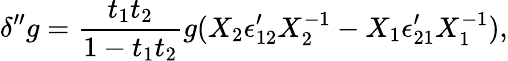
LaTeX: \delta^{\prime\prime}g={\frac{t_{1}t_{2}}{1-t_{1}t_{2}}}g(X_{2}\epsilon_{12}^{\prime}X_{2}^{-1}-X_{1}\epsilon_{21}^{\prime}X_{1}^{-1}),